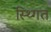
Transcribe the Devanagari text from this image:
स्थ्गित